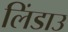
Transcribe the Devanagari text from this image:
लिंडाउ